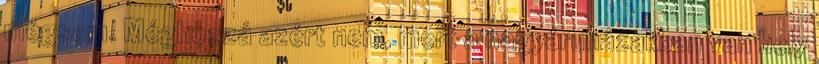
mégsem. Méghozzá azért nem, mert a nagyáruházakban van hely